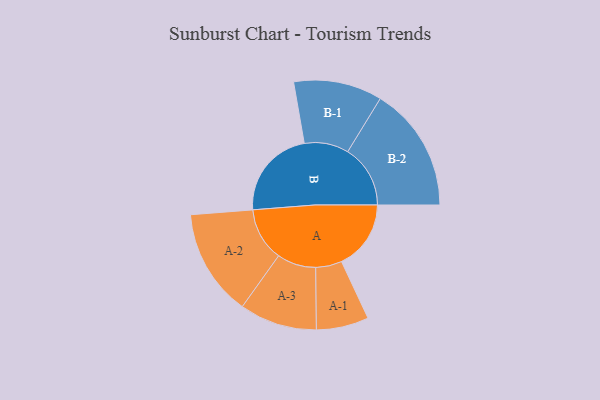
{"axis": {"x": "Segment", "y": "Value"}, "legend": ["", "A", "B"], "data": [{"x": "A", "y": 326, "type": ""}, {"x": "B", "y": 425, "type": ""}, {"x": "A-1", "y": 123, "type": "A"}, {"x": "A-2", "y": 251, "type": "A"}, {"x": "A-3", "y": 182, "type": "A"}, {"x": "B-1", "y": 208, "type": "B"}, {"x": "B-2", "y": 294, "type": "B"}]}